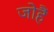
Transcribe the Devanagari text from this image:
जोहैं